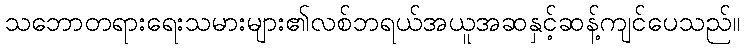
သဘောတရားရေးသမားများ၏လစ်ဘရယ်အယူအဆနှင့်ဆန့်ကျင်ပေသည်။